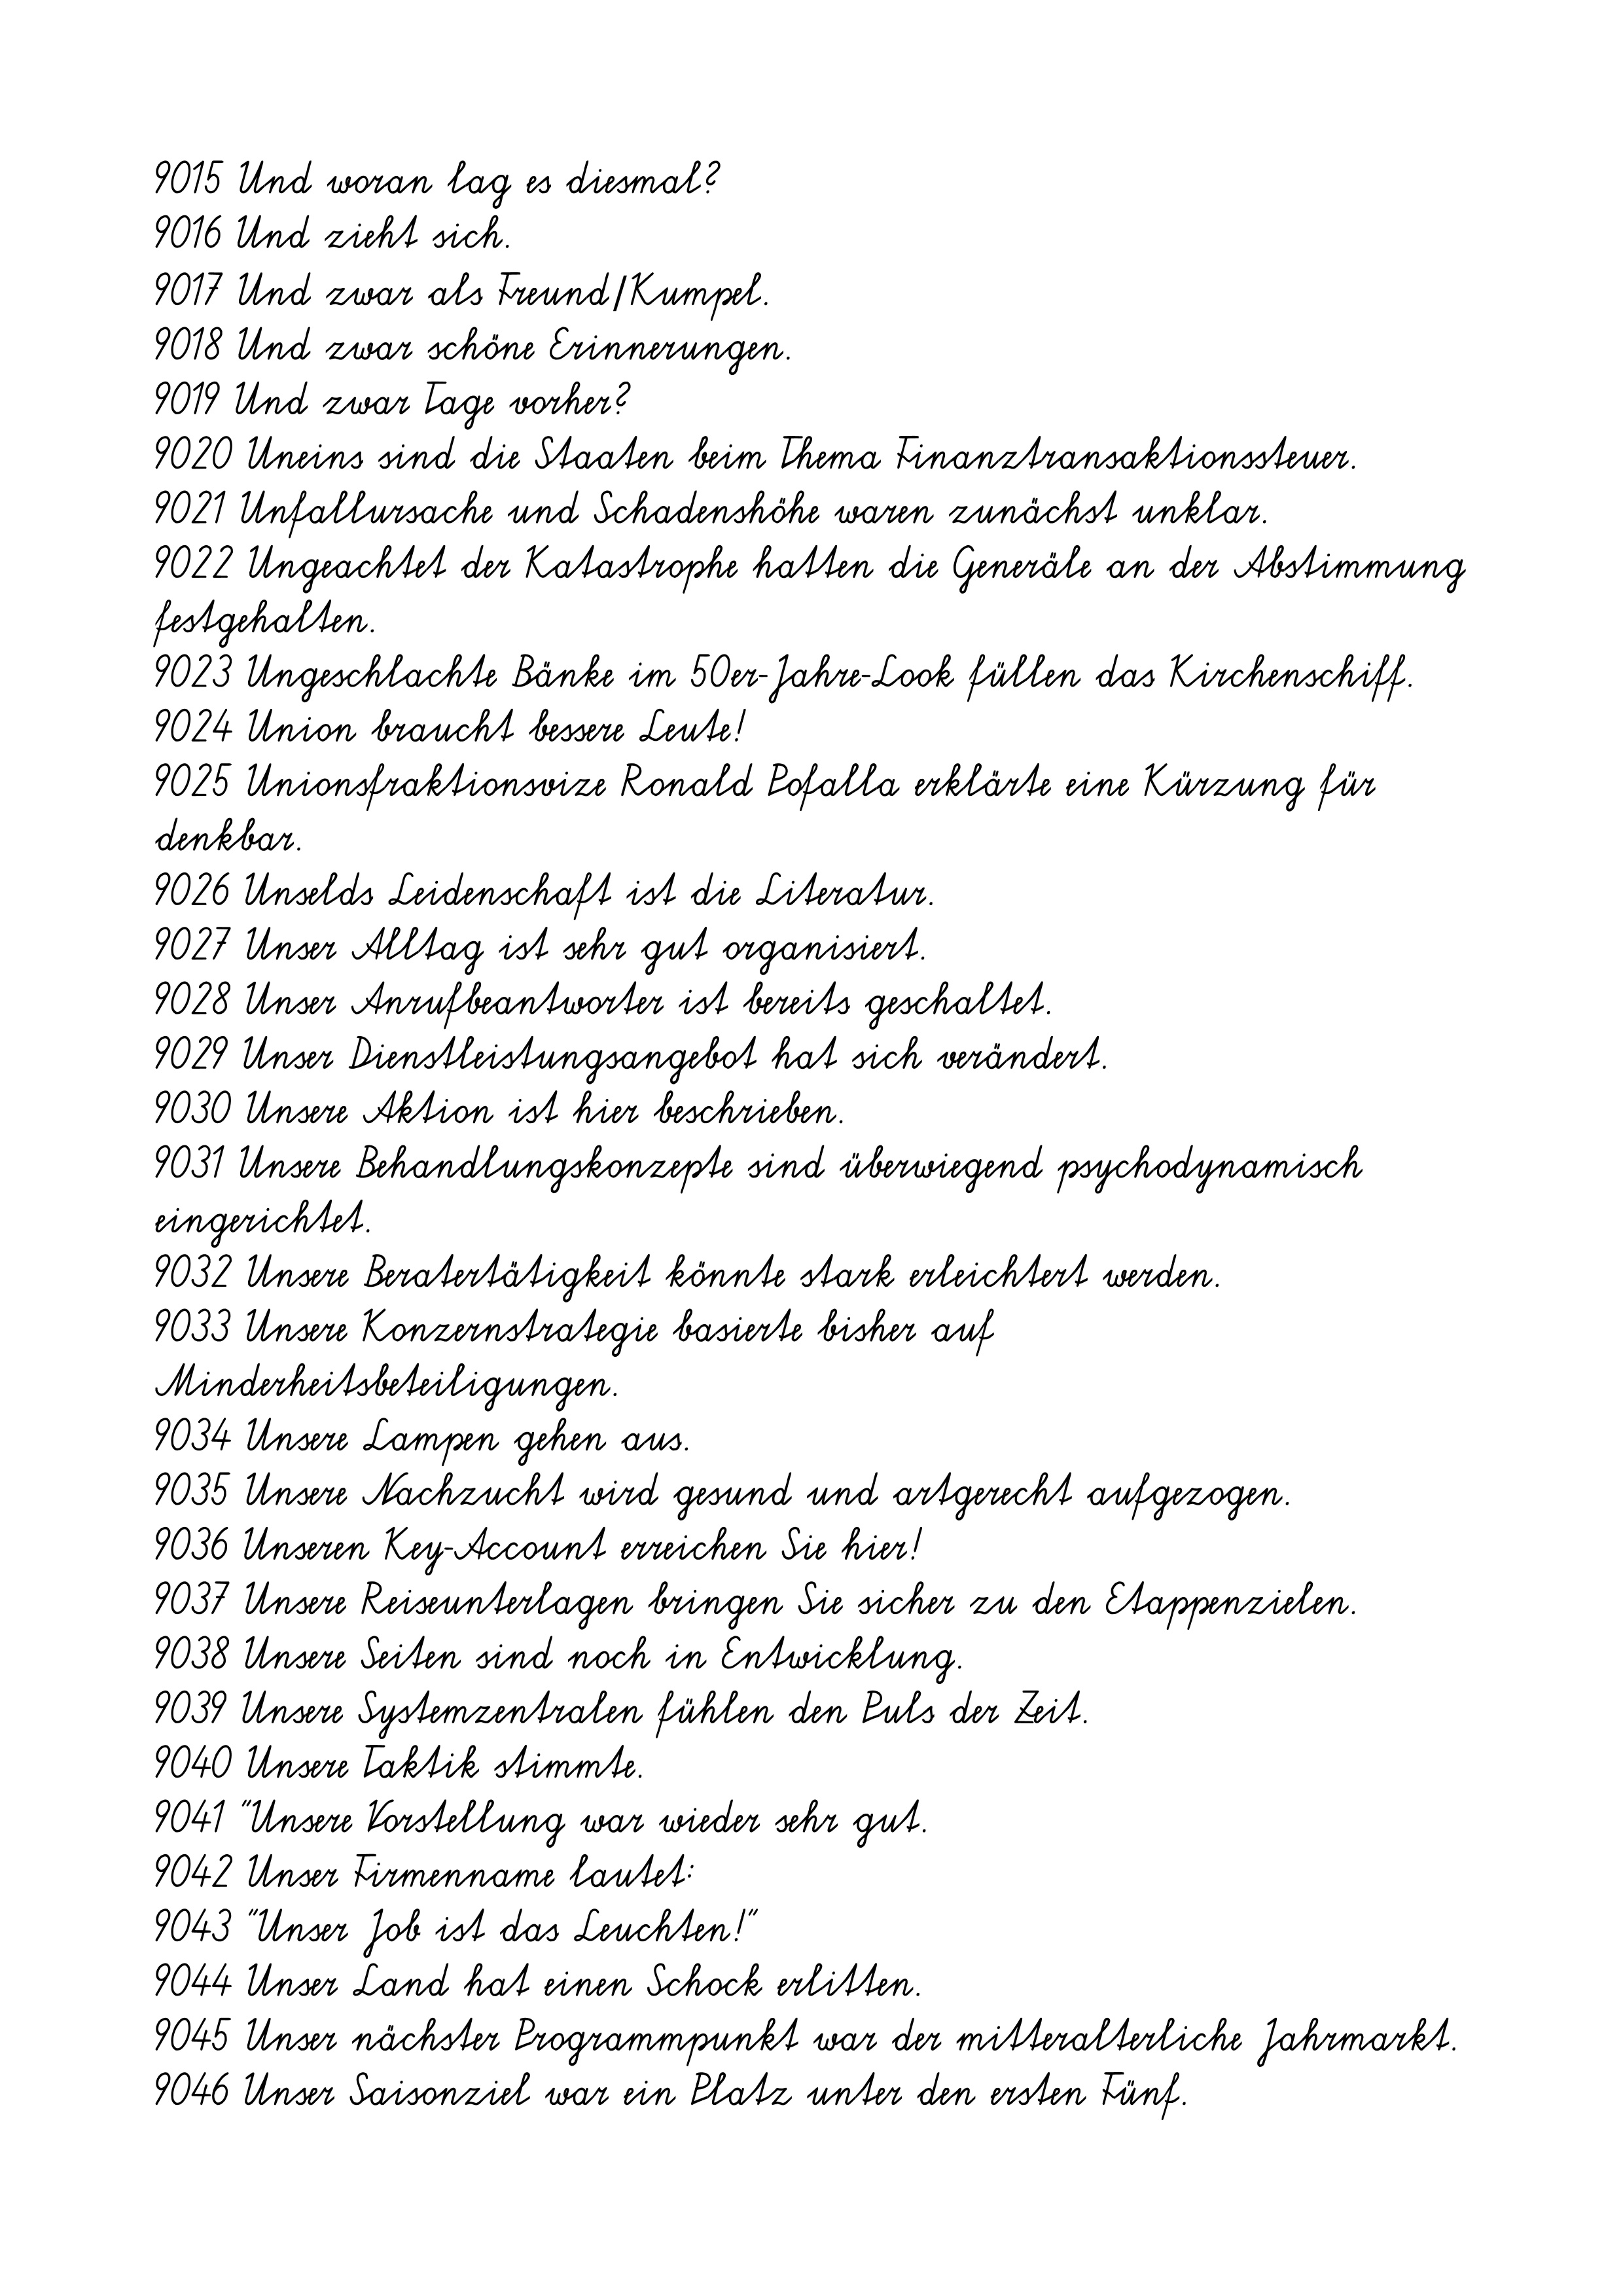
9015 Und woran lag es diesmal?
9016 Und zieht sich.
9017 Und zwar als Freund/Kumpel.
9018 Und zwar schöne Erinnerungen.
9019 Und zwar Tage vorher?
9020 Uneins sind die Staaten beim Thema Finanztransaktionssteuer.
9021 Unfallursache und Schadenshöhe waren zunächst unklar.
9022 Ungeachtet der Katastrophe hatten die Generäle an der Abstimmung
festgehalten.
9023 Ungeschlachte Bänke im 50er-Jahre-Look füllen das Kirchenschiff.
9024 Union braucht bessere Leute!
9025 Unionsfraktionsvize Ronald Pofalla erklärte eine Kürzung für
denkbar.
9026 Unselds Leidenschaft ist die Literatur.
9027 Unser Alltag ist sehr gut organisiert.
9028 Unser Anrufbeantworter ist bereits geschaltet.
9029 Unser Dienstleistungsangebot hat sich verändert.
9030 Unsere Aktion ist hier beschrieben.
9031 Unsere Behandlungskonzepte sind überwiegend psychodynamisch
eingerichtet.
9032 Unsere Beratertätigkeit könnte stark erleichtert werden.
9033 Unsere Konzernstrategie basierte bisher auf
Minderheitsbeteiligungen.
9034 Unsere Lampen gehen aus.
9035 Unsere Nachzucht wird gesund und artgerecht aufgezogen.
9036 Unseren Key-Account erreichen Sie hier!
9037 Unsere Reiseunterlagen bringen Sie sicher zu den Etappenzielen.
9038 Unsere Seiten sind noch in Entwicklung.
9039 Unsere Systemzentralen fühlen den Puls der Zeit.
9040 Unsere Taktik stimmte.
9041 "Unsere Vorstellung war wieder sehr gut.
9042 Unser Firmenname lautet:
9043 "Unser Job ist das Leuchten!"
9044 Unser Land hat einen Schock erlitten.
9045 Unser nächster Programmpunkt war der mitteralterliche Jahrmarkt.
9046 Unser Saisonziel war ein Platz unter den ersten Fünf.